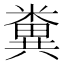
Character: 糞